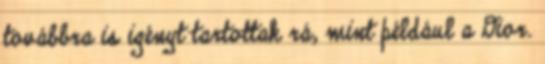
továbbra is igényt tartottak rá, mint például a Dior.